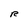
Character: R